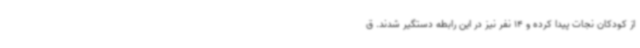
از کودکان نجات پیدا کرده و 14 نفر نیز در این رابطه دستگیر شدند. ق